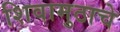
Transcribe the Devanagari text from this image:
शिवामुठाचे